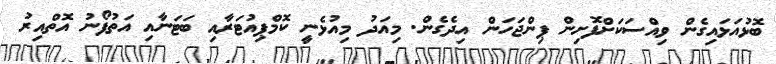
ބޮޅުއަޅައިގެން ވިއްސަކަށްފޮށިން ޕިންޖަހަން އިދެގެން. މިއަދު މިއުޅެނީ ކޮމްޕިއުޓަރާއި ބަޓަނާއި އަތުފޯނު އޮތްއިރު